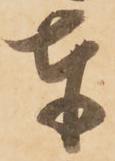
奉